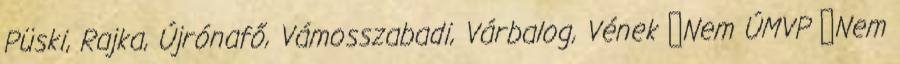
Püski, Rajka, Újrónafő, Vámosszabadi, Várbalog, Vének ▪Nem ÚMVP ▪Nem